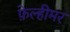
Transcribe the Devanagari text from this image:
फ़ेल्हीमर